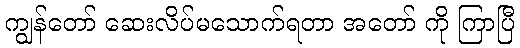
ကျွန်တော် ဆေးလိပ်မသောက်ရတာ အတော် ကို ကြာပြီ